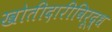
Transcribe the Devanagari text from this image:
खोतीदारीविरूद्ध